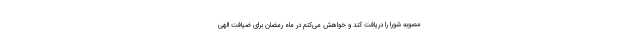
مصوبه شورا را دریافت کند و خواهش می‌کنم در ماه رمضان برای ضیافت الهی